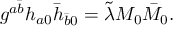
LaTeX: g ^ { a \bar { b } } h _ { a 0 } \bar { h } _ { \bar { b } 0 } = \tilde { \lambda } M _ { 0 } \bar { M } _ { 0 } .